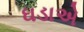
ઘડાએ